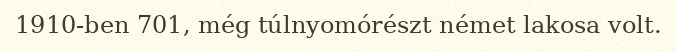
1910-ben 701, még túlnyomórészt német lakosa volt.